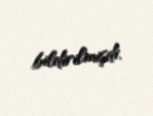
bildirilmişdi.